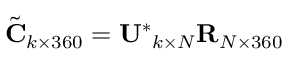
\tilde { \mathbf { C } } _ { k \times 3 6 0 } = \mathbf { U ^ { * } { } } _ { k \times N } \mathbf { R } _ { N \times 3 6 0 }